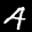
Label: 4